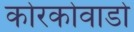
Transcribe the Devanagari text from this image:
कोरकोवाडो